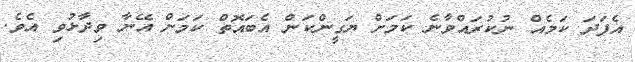
އެފަދަ ކަމެއް ނުކުރައްވާނެ ކަމަށް ޔަގީންކަން އެބައޮތް ކަމަށް އޭނާ ވިދާޅުވި އެވެ.